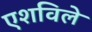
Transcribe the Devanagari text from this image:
एशविले